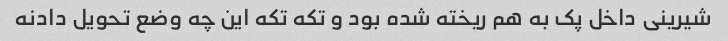
شیرینی داخل پک به هم ریخته شده بود و تکه تکه این چه وضع تحویل دادنه